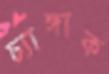
চ্যাঙ্গাক